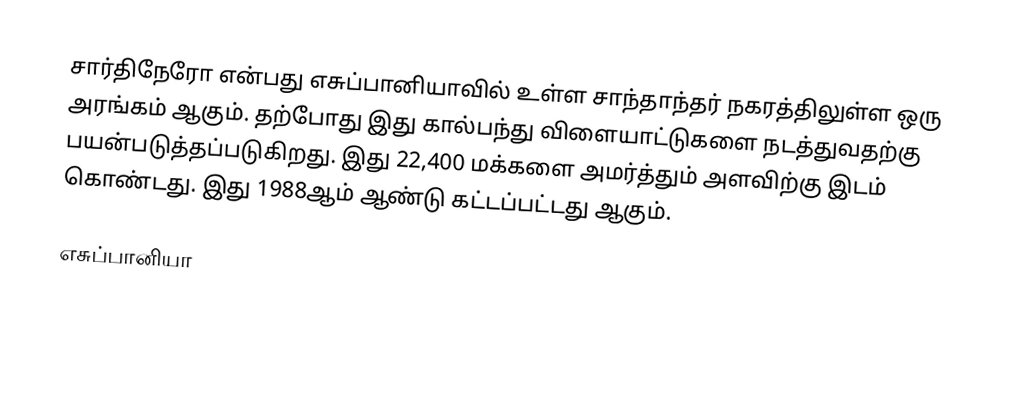
சார்திநேரோ என்பது எசுப்பானியாவில் உள்ள சாந்தாந்தர் நகரத்திலுள்ள ஒரு அரங்கம் ஆகும். தற்போது இது கால்பந்து விளையாட்டுகளை நடத்துவதற்கு பயன்படுத்தப்படுகிறது. இது 22,400 மக்களை அமர்த்தும் அளவிற்கு இடம் கொண்டது. இது 1988ஆம் ஆண்டு கட்டப்பட்டது ஆகும்.

எசுப்பானியா